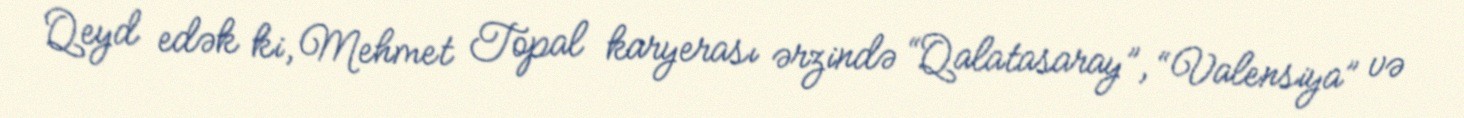
Qeyd edək ki, Mehmet Topal karyerası ərzində “Qalatasaray”, “Valensiya” və